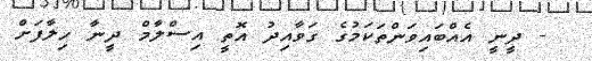
- ދީނީ އެއްބައިވަންތަކަމުގެ ގަވާއިދު އޮތީ އިސްލާމް ދީނާ ހިލާފަށް